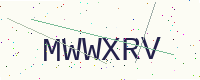
Text: MWWXRV